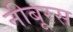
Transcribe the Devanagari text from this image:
नीबूरस